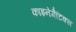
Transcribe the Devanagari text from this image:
काइनेमैटिक्स